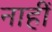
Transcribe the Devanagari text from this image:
नाहीँ